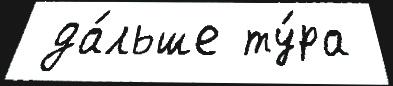
 да́льше ту́ра